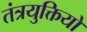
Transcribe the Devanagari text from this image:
तंत्रयुक्तियों